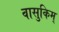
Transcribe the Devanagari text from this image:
वासुकिम्